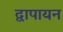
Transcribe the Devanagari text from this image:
द्वापायन